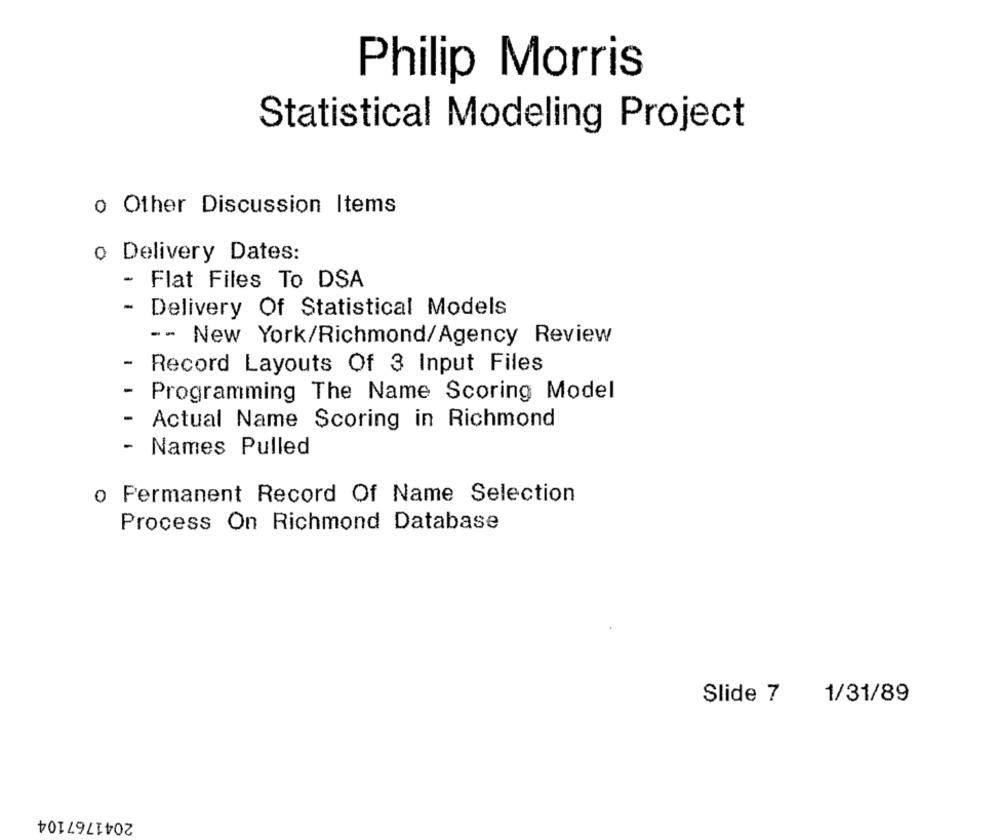
Philip Morris
Statistical Modeling Project
o Other Discussion Items
o Delivery Dates:
Flat Files To DSA
- Delivery Of Statistical Models
-- New York/Richmond/Agency Review
-
Record Layouts Of 3 Input Files
-
Programming The Name Scoring Model
-
Actual Name Scoring in Richmond
-
Names Pulled
o Permanent Record Of Name Selection
Process On Richmond Database
Slide 7
1/31/89
2041767104